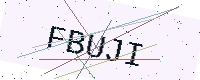
Text: FBUJI